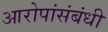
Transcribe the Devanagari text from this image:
आरोपांसंबंधी